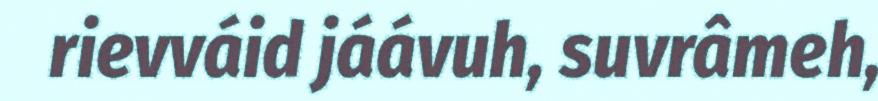
rievváid jáávuh, suvrâmeh,